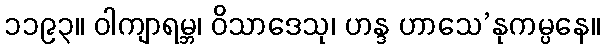
၁၁၉၃။ ဝါကျာရမ္ဘ၊ ဝိသာဒေသု၊ ဟန္ဒ ဟာသေ’နုကမ္ပနေ။